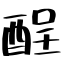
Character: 酲